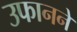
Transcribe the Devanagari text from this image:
उफानने